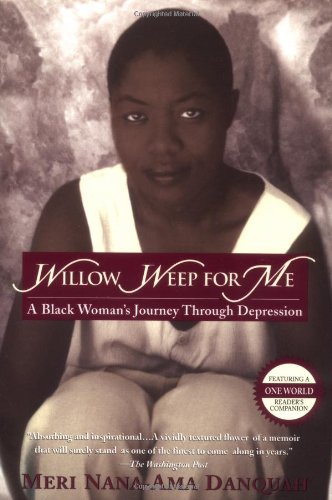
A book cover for Willow Weep for Me: A Black Woman's Journey Through Depression; Meri Nana-Ama Danquah; Health, Fitness & Dieting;